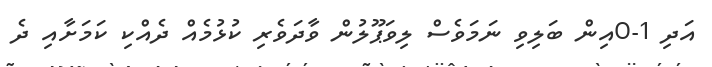
އަދި 1-0އިން ބަލިވި ނަމަވެސް ލިވަޕޫލުން ވާދަވެރި ކުޅުމެއް ދެއްކި ކަމަށާއި ދެ